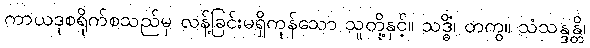
ကာယဒုစရိုက်စသည်မှ လန့်ခြင်းမရှိကုန်သော သူတို့နှင့်။ သဒ္ဓိံ၊ တကွ။ သံသန္ဒန္တိ၊